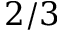
2 / 3